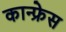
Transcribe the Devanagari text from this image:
कान्फ्रेस